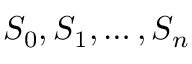
S _ { 0 } , S _ { 1 } , \ldots , S _ { n }